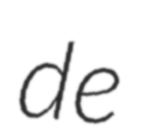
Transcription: de